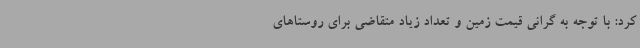
کرد: با توجه به گرانی قیمت زمین و تعداد زیاد متقاضی برای روستاهای